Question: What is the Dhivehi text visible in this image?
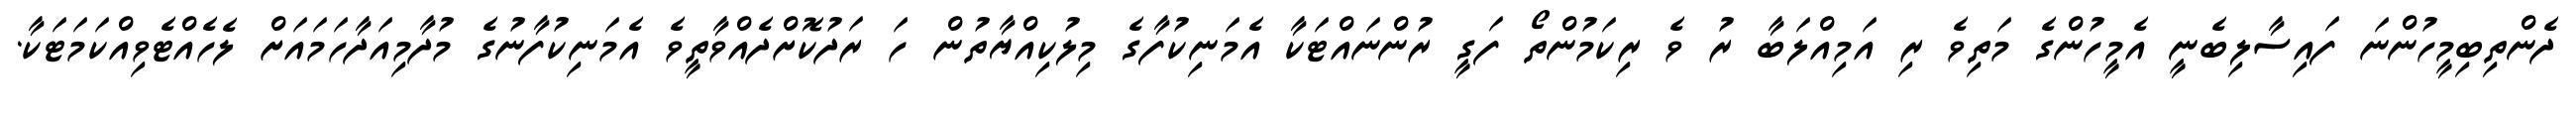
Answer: ދެންތިބިމީހުންނަ ފައިސާލިބެނީ އެމީހުންގެ މަތިވެ ރި އަމިއްލަބާ ރު ވެ ރިކަމުންތޯ ފަގީ ރުންނައްޓަކާ އެމަނިކުފާގެ މިލުކިއްޔާތުން ހަ ރަދުކޮށްދެއްވާތީވެ އެމަނިކުފާނުގެ މުދާމިއަދާހަމައަށް ލެހެއްޓެވިއްކަމަޓަކާ.